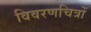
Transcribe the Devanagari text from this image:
विवरणचित्रों